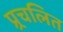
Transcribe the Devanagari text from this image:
प्र्रचलित